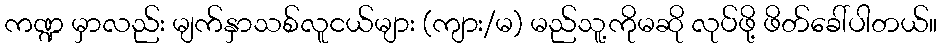
ကဏ္ဍ မှာလည်း မျက်နှာသစ်လူငယ်များ (ကျား/မ) မည်သူ့ကိုမဆို လုပ်ဖို့ ဖိတ်ခေါ်ပါတယ်။